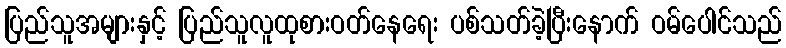
ပြည်သူအများနှင့် ပြည်သူလူထုစားဝတ်နေရေး ပစ်သတ်ခဲ့ပြီးနောက် ဝမ်ပေါင်သည်